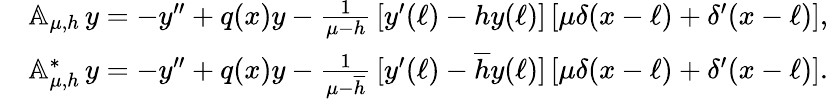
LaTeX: \begin{array}{rl}&{{\mathbb A}_{\mu,h}\, y=-y^{\prime\prime}+q(x)y-\frac{1}{\mu-h}\, [y^{\prime}(\ell)-hy(\ell)]\, [\mu\delta(x-\ell)+\delta^{\prime}(x-\ell)],}\\ &{{\mathbb A}_{\mu,h}^{*}\, y=-y^{\prime\prime}+q(x)y-\frac{1}{\mu-\overline{h}}\, [y^{\prime}(\ell)-\overline{h}y(\ell)]\, [\mu\delta(x-\ell)+\delta^{\prime}(x-\ell)].}\end{array}